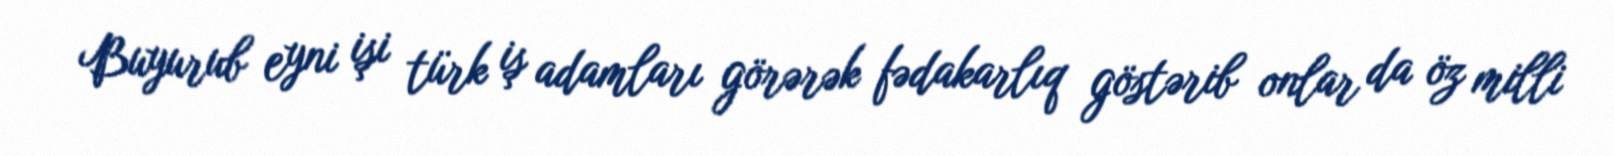
Buyurub eyni işi türk iş adamları görərək fədakarlıq göstərib onlar da öz milli